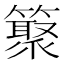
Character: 𥵫